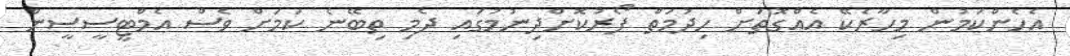
އެހެންކަމުން މިހާރެކޭ އެއްގޮތަށް ހިދުމަތް ފޯރުކޮށްދިނުމުގައި ދެމި ތިބޭނެ ކަމަށް ވެސް އެމްޓީސީސީން